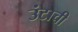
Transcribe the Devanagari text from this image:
उंटाची